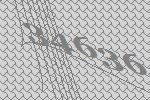
34636